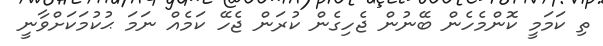
ތި ކަމަމީ ކޮންމެހެން ބޭނުން ޖެހިގެން ކުރަން ޖެހޭ ކަމެއް ނަމަ ޙުކުމަކަށްވާނީ